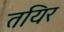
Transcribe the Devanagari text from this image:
तयिर